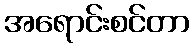
အရောင်းစင်တာ